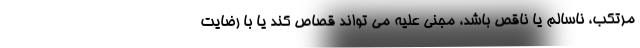
مرتکب، ناسالم یا ناقص باشد، مجنی علیه می تواند قصاص کند یا با رضایت